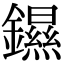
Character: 䥪